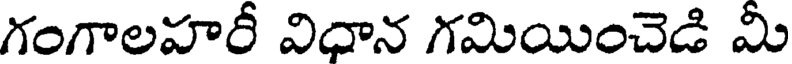
గంగాలహరీ విధాన గమియించెడి మీ